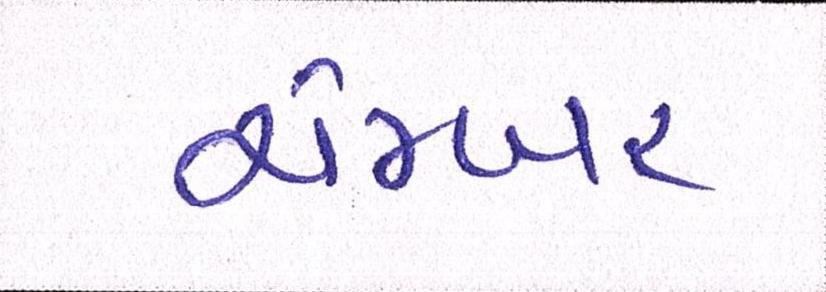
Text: ચેમ્બર